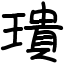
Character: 璝